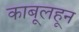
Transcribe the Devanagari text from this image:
काबूलहून